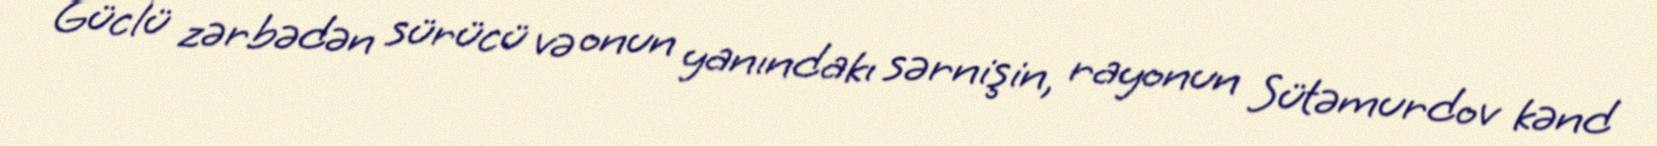
Güclü zərbədən sürücü və onun yanındakı sərnişin, rayonun Sütəmurdov kənd